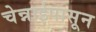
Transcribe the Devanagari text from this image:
चेन्नाईपासून